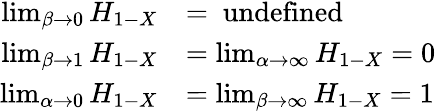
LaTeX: {\begin{array}{rl}{\operatorname*{lim}_{\beta\to 0}H_{1-X}}&{={\mathrm{~undefined~}}}\\ {\operatorname*{lim}_{\beta\to 1}H_{1-X}}&{=\operatorname*{lim}_{\alpha\to\infty}H_{1-X}=0}\\ {\operatorname*{lim}_{\alpha\to 0}H_{1-X}}&{=\operatorname*{lim}_{\beta\to\infty}H_{1-X}=1}\end{array}}